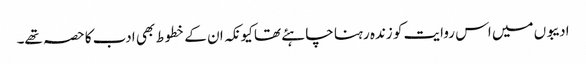
ادیبوں میں اس روایت کو زندہ رہنا چاہئے تھا کیونکہ ان کے خطوط بھی ادب کا حصہ تھے۔